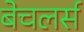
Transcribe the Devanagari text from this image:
बेचलर्स